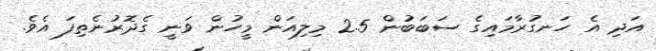
އަދި އެ ހަނގުރާމައިގެ ސަބަބުން 2.5 މިލިއަން މީހުން ވަނީ ގެދޮރުނެތިފަ އެވެ.